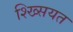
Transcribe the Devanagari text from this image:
श्ख्सियत